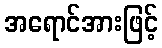
အရောင်အားဖြင့်